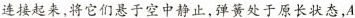
连接起来，将它们悬于空中静止，弹簧处于原长状态，A